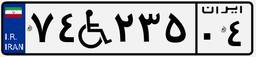
۸۳W۹۲۱۳۵